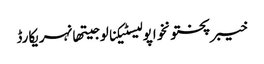
خیبرپختونخواپولیسٹیکنالوجیتھانہریکارڈ